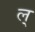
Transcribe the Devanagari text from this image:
ल्‌